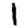
Digit: 1